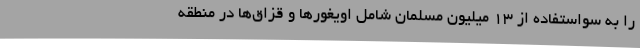
را به سواستفاده از 13 میلیون مسلمان شامل اویغورها و قزاق‌ها در منطقه